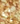
إنه